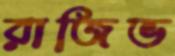
রাজিভ